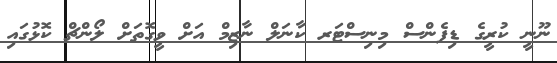
ނޫނީ ކުރީގެ ޑިފެންސް މިނިސްޓަރ ކާނަލް ނާޒިމް އަށް ވީގޮތަށް ލޯންޗް ކޮޅުގައި